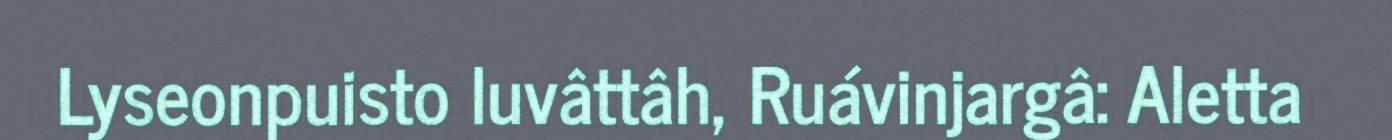
Lyseonpuisto luvâttâh, Ruávinjargâ: Aletta